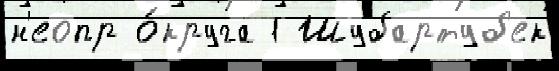
н'еопр о́круга 1 Шубартуб'ек